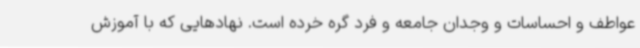
عواطف و احساسات و وجدان جامعه و فرد گره خرده است. نهادهایی که با آموزش